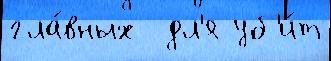
гла́вных  дл'я уб'и́т